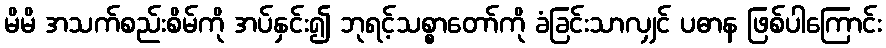
မိမိ အသက်စည်းစိမ်ကို အပ်နှင်း၍ ဘုရင့်သစ္စာတော်ကို ခံခြင်းသာလျှင် ပဓာန ဖြစ်ပါကြောင်း